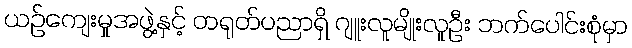
ယဉ်ကျေးမှုအဖွဲ့နှင့် တရုတ်ပညာရှိ ဂျူးလူမျိုးလူဦး ဘက်ပေါင်းစုံမှာ